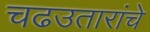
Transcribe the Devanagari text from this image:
चढउतारांचे